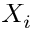
X _ { i }